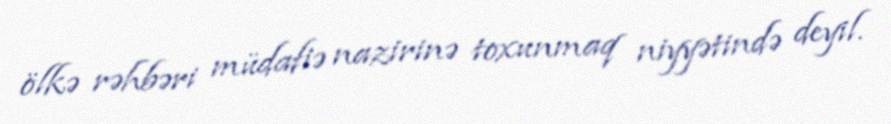
ölkə rəhbəri müdafiə nazirinə toxunmaq niyyətində deyil.